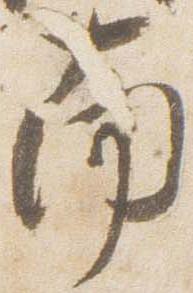
南